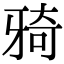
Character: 𤘌